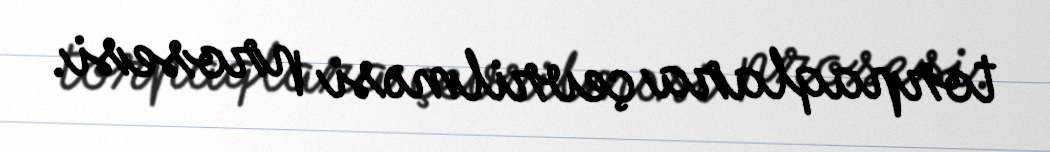
torpaqlara çevrilməsi prosesi.